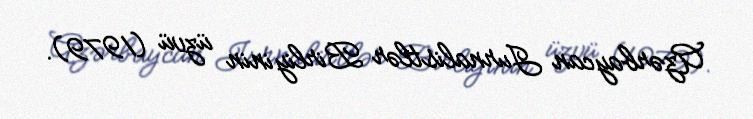
Azərbaycan Jurnalistlər Birliyinin üzvü (1979).